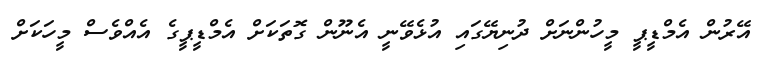
އޭރުން އެމްޑީޕީ މީހުންނަށް ދުނިޔޭގައި އުޅެވޭނީ އެނޫން ގޮތަކަށް އެެމްޑީޕީގެ އެއްވެސް މީހަކަށް